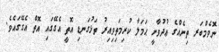
ނޮވެމްބަރ ތިނެއްގެ ޢުދުވާނީ ޙަމަލާ ކުރިމަތިވިއިރު ތަޅުގަނޑި އޮތީ އެގޭގައި އޮތް އެގޭގައެވެ.